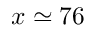
x \simeq 7 6